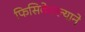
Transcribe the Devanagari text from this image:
फिसिकेल्ल्याने